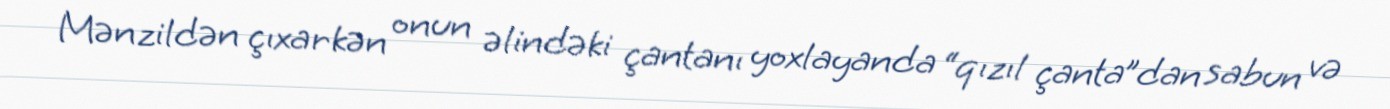
Mənzildən çıxarkən onun əlindəki çantanı yoxlayanda “qızıl çanta”dan sabun və